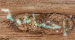
إجتماعية